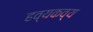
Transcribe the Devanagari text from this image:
हव्यकव्य